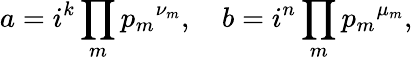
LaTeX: a=i^{k}\prod_{m}{p_{m}}^{\nu_{m}},\quad b=i^{n}\prod_{m}{p_{m}}^{\mu_{m}},